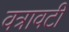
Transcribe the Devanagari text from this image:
वत्रावटी